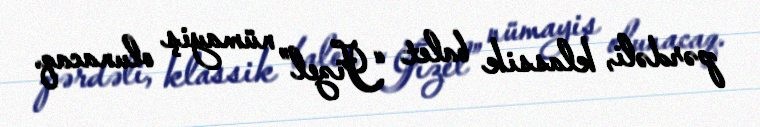
pərdəli, klassik balet “Jizel” nümayiş olunacaq.